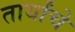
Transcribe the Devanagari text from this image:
तार्यांचें